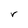
Character: r